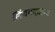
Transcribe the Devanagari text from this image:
लिंगमाहात्म्य